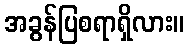
အခွန်ပြစရာရှိလား။